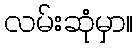
လမ်းဆုံမှာ။